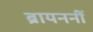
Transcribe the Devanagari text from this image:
ब्रायननीं